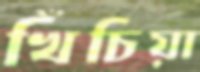
খিঁচিয়া